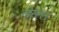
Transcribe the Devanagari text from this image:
नोरेल्ल